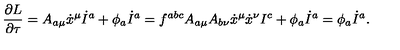
\frac { \partial L } { \partial \tau } = A _ { a \mu } \dot { x } ^ { \mu } \dot { I } ^ { a } + \phi _ { a } \dot { I } ^ { a } = f ^ { a b c } A _ { a \mu } A _ { b \nu } \dot { x } ^ { \mu } \dot { x } ^ { \nu } I ^ { c } + \phi _ { a } \dot { I } ^ { a } = \phi _ { a } \dot { I } ^ { a } .